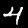
Label: 4